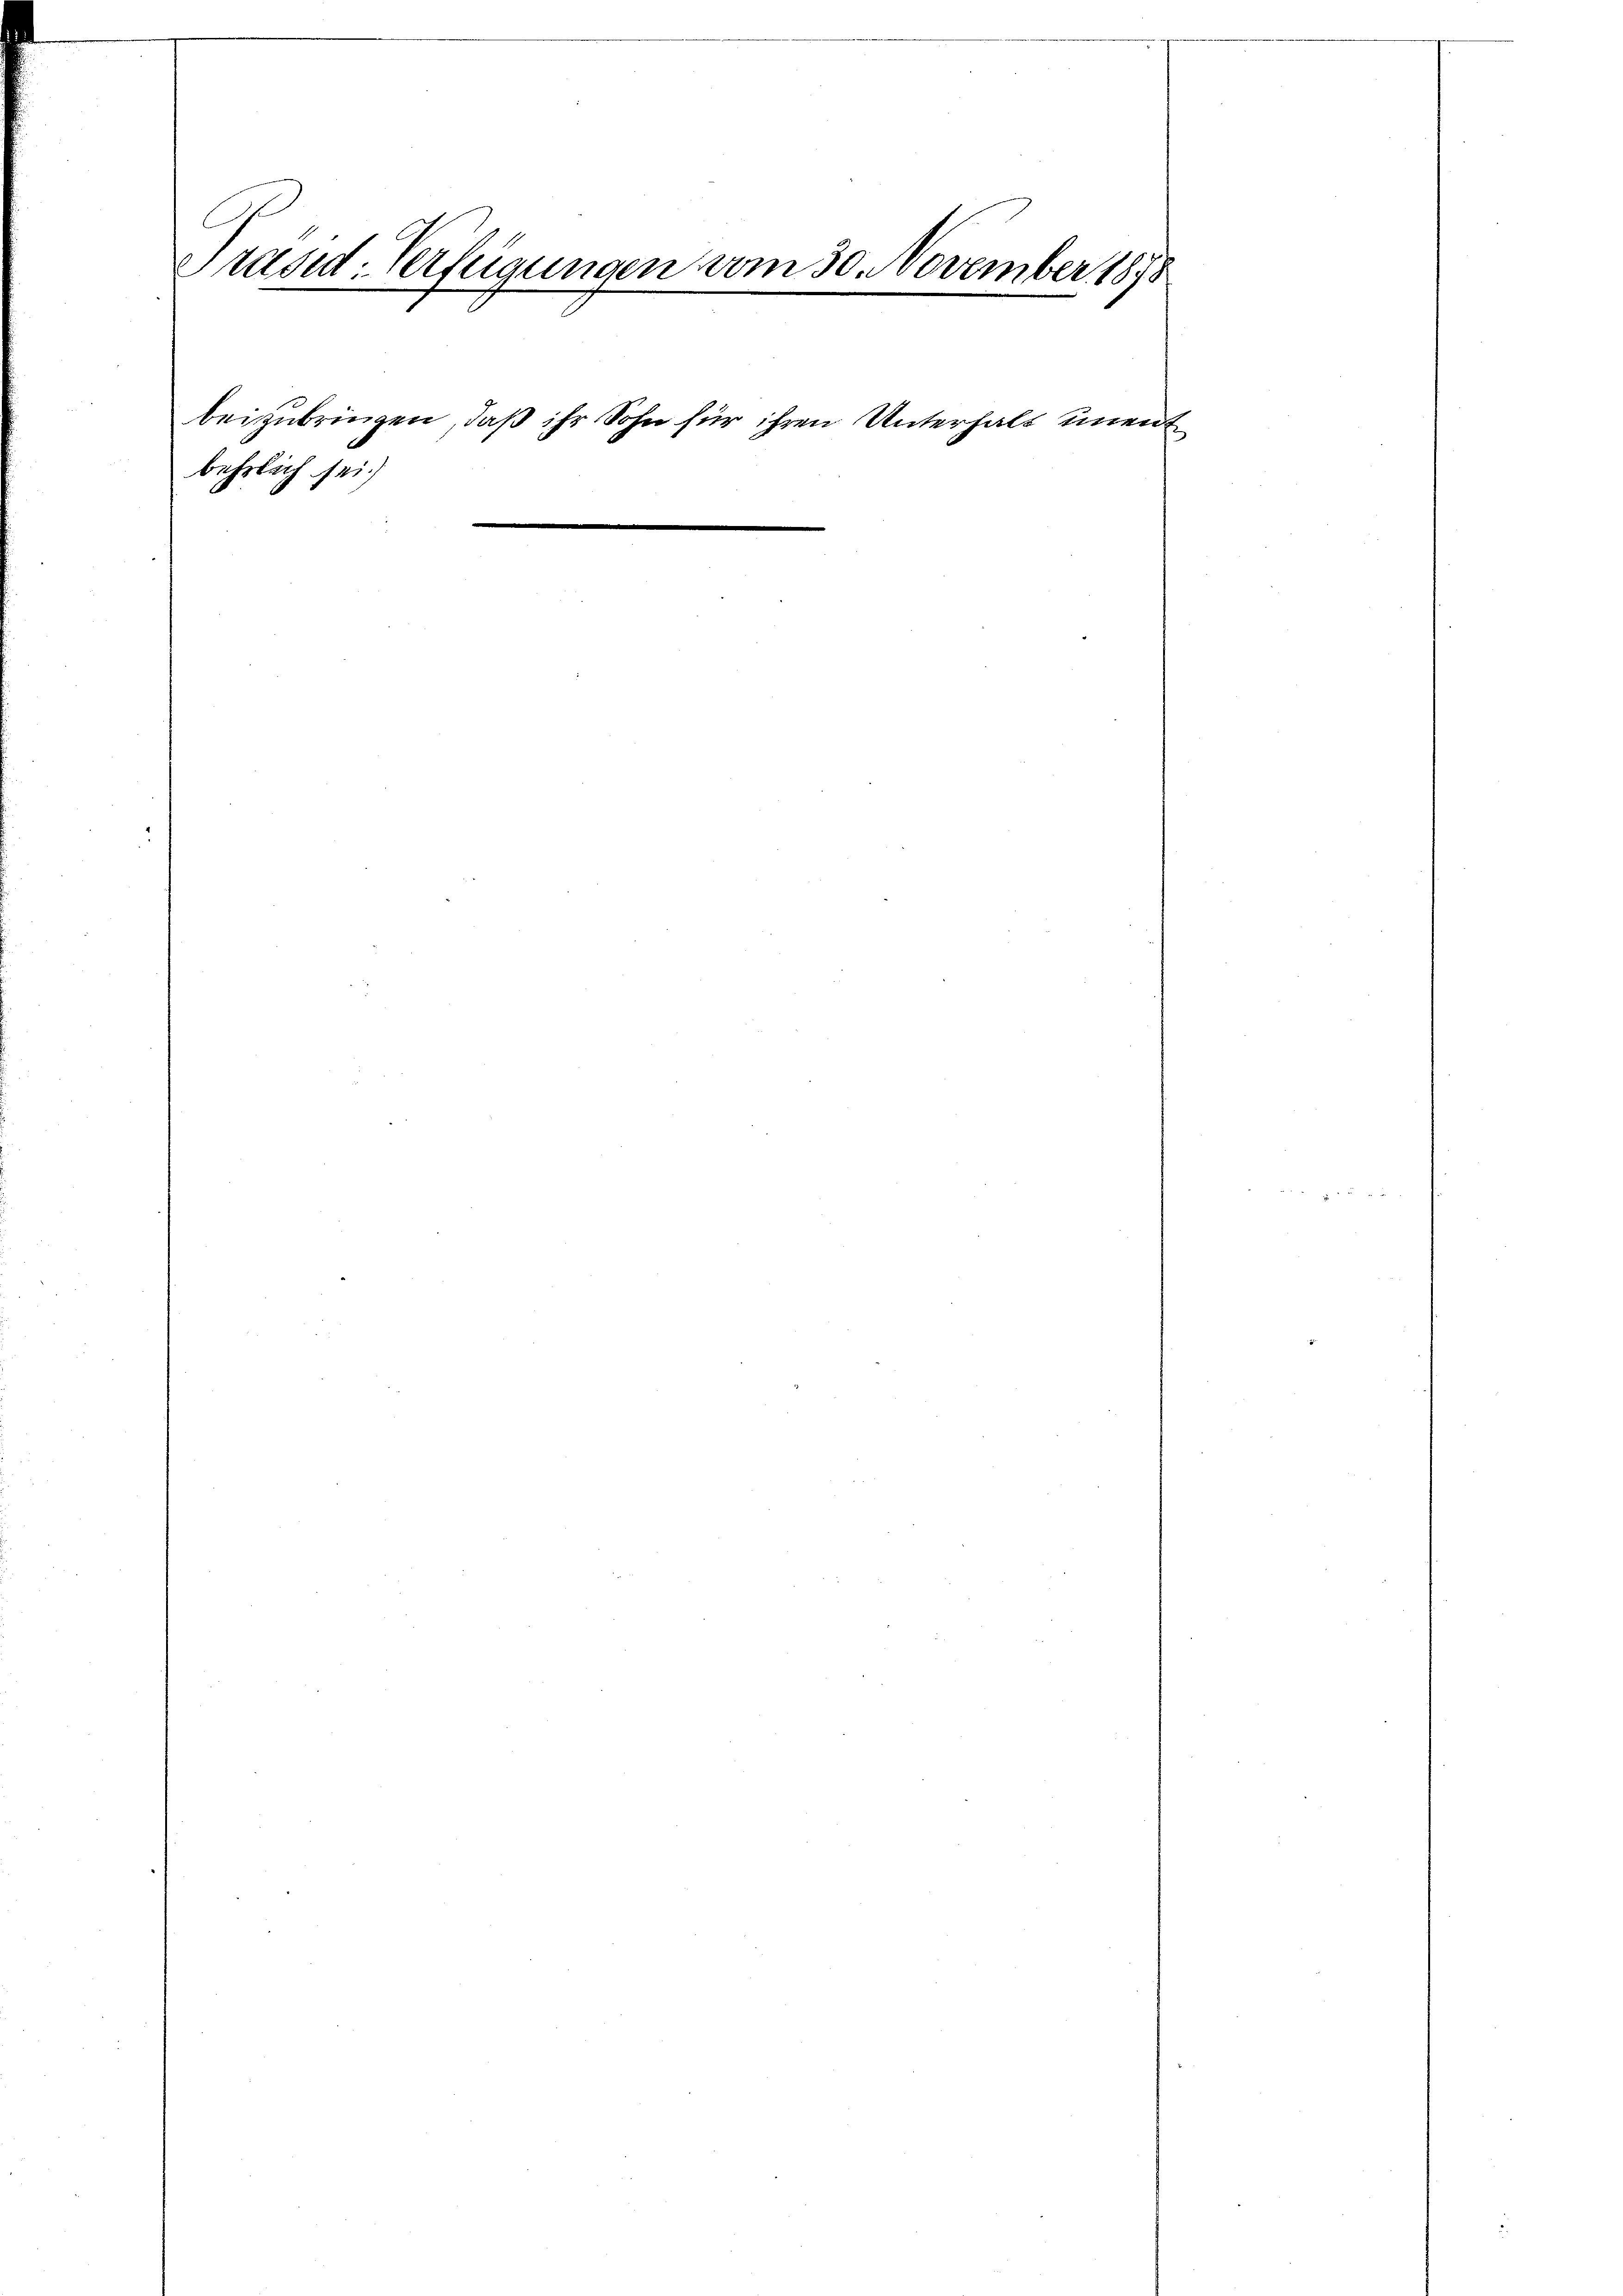
Präsid. Verfügungen vom 30. November 1878

behrlich sei

beizubringen, daß ihr Sohn für ihren Unterhalt unent
8